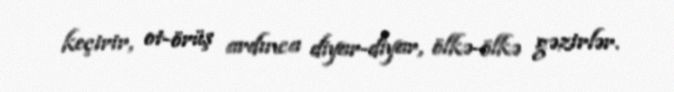
keçirir, ot-örüş ardınca diyar-diyar, ölkə-ölkə gəzirlər.